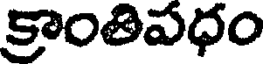
క్రాంతిపధం